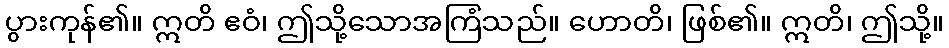
ပွားကုန်၏။ ဣတိ ဧဝံ၊ ဤသို့သောအကြံသည်။ ဟောတိ၊ ဖြစ်၏။ ဣတိ၊ ဤသို့။